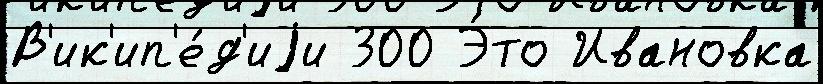
В'ик'ип'е́д'иjи 300 Э́то Ивановка